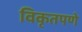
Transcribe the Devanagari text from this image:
विकृतपणे